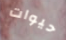
حيوات